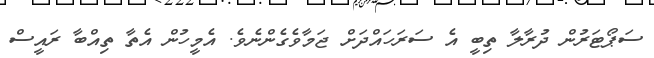
ސަޕޯޓަރުން ދުރާލާ ތިބީ އެ ސަރަހައްދަށް ޖަމާވެގެންނެވެ. އެމީހުން އެތާ ތިއްބާ ރައީސް